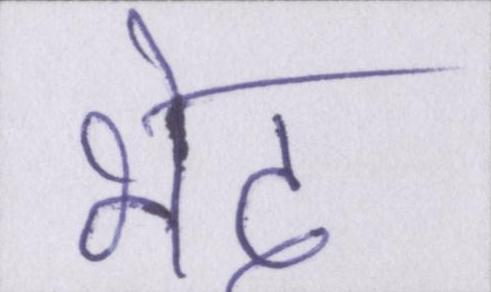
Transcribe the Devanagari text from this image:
भेद